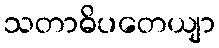
သတာဓိပတေယျာ